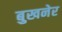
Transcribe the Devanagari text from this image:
बुखनेर